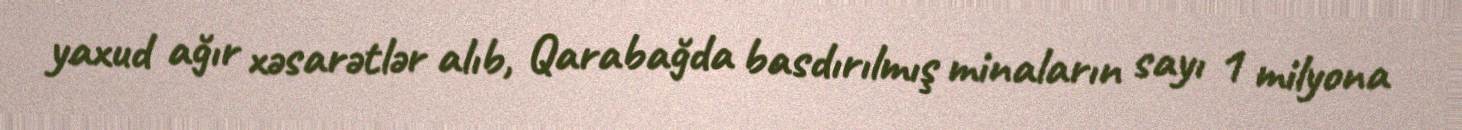
yaxud ağır xəsarətlər alıb, Qarabağda basdırılmış minaların sayı 1 milyona